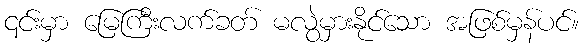
၎င်းမှာ မြေကြီးလက်ခတ် မလွဲမှားနိုင်သော အဖြစ်မှန်ပင်။